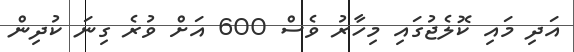
އަދި މައި ކޮލެޖުގައި މިހާރު ވެސް 600 އަށް ވުރެ ގިނަ ކުދިން